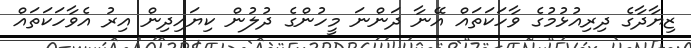
ޒިޔާދާގެ ދިރިއުޅުމުގެ ވާހަކަތައް އޭނާ ދަންނަ މީހުންގެ ދުލުން ކިޔައިދިން އިރު އެވާހަކަތައް